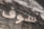
سوف